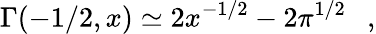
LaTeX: \Gamma(-1/2,x)\simeq 2x^{-1/2}-2\pi^{1/2}~~~,